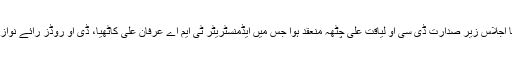
گجرات(جی پی آئی) ڈسٹرکٹ پلاننگ اینڈ ڈئزائن کمیٹی کا اجلاس زیر صدارت ڈی سی او لیاقت علی چٹھہ منعقد ہوا جس میں ایڈمنسٹریٹر ٹی ایم اے عرفان علی کاٹھیا، ڈی او روڈز رائے نواز، ٹی ایم او خر م محمود اور دیگر افسران نے شرکت کی ۔